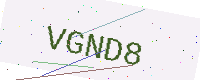
Text: VGND8